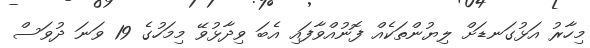
މިހާރު އަޅުގަނޑަށް ލިޔުންތަކެއް ފޮނުއްވާފައި އެބަ ވިދާޅުވޭ މިމަހުގެ 19 ވަނަ ދުވަސް